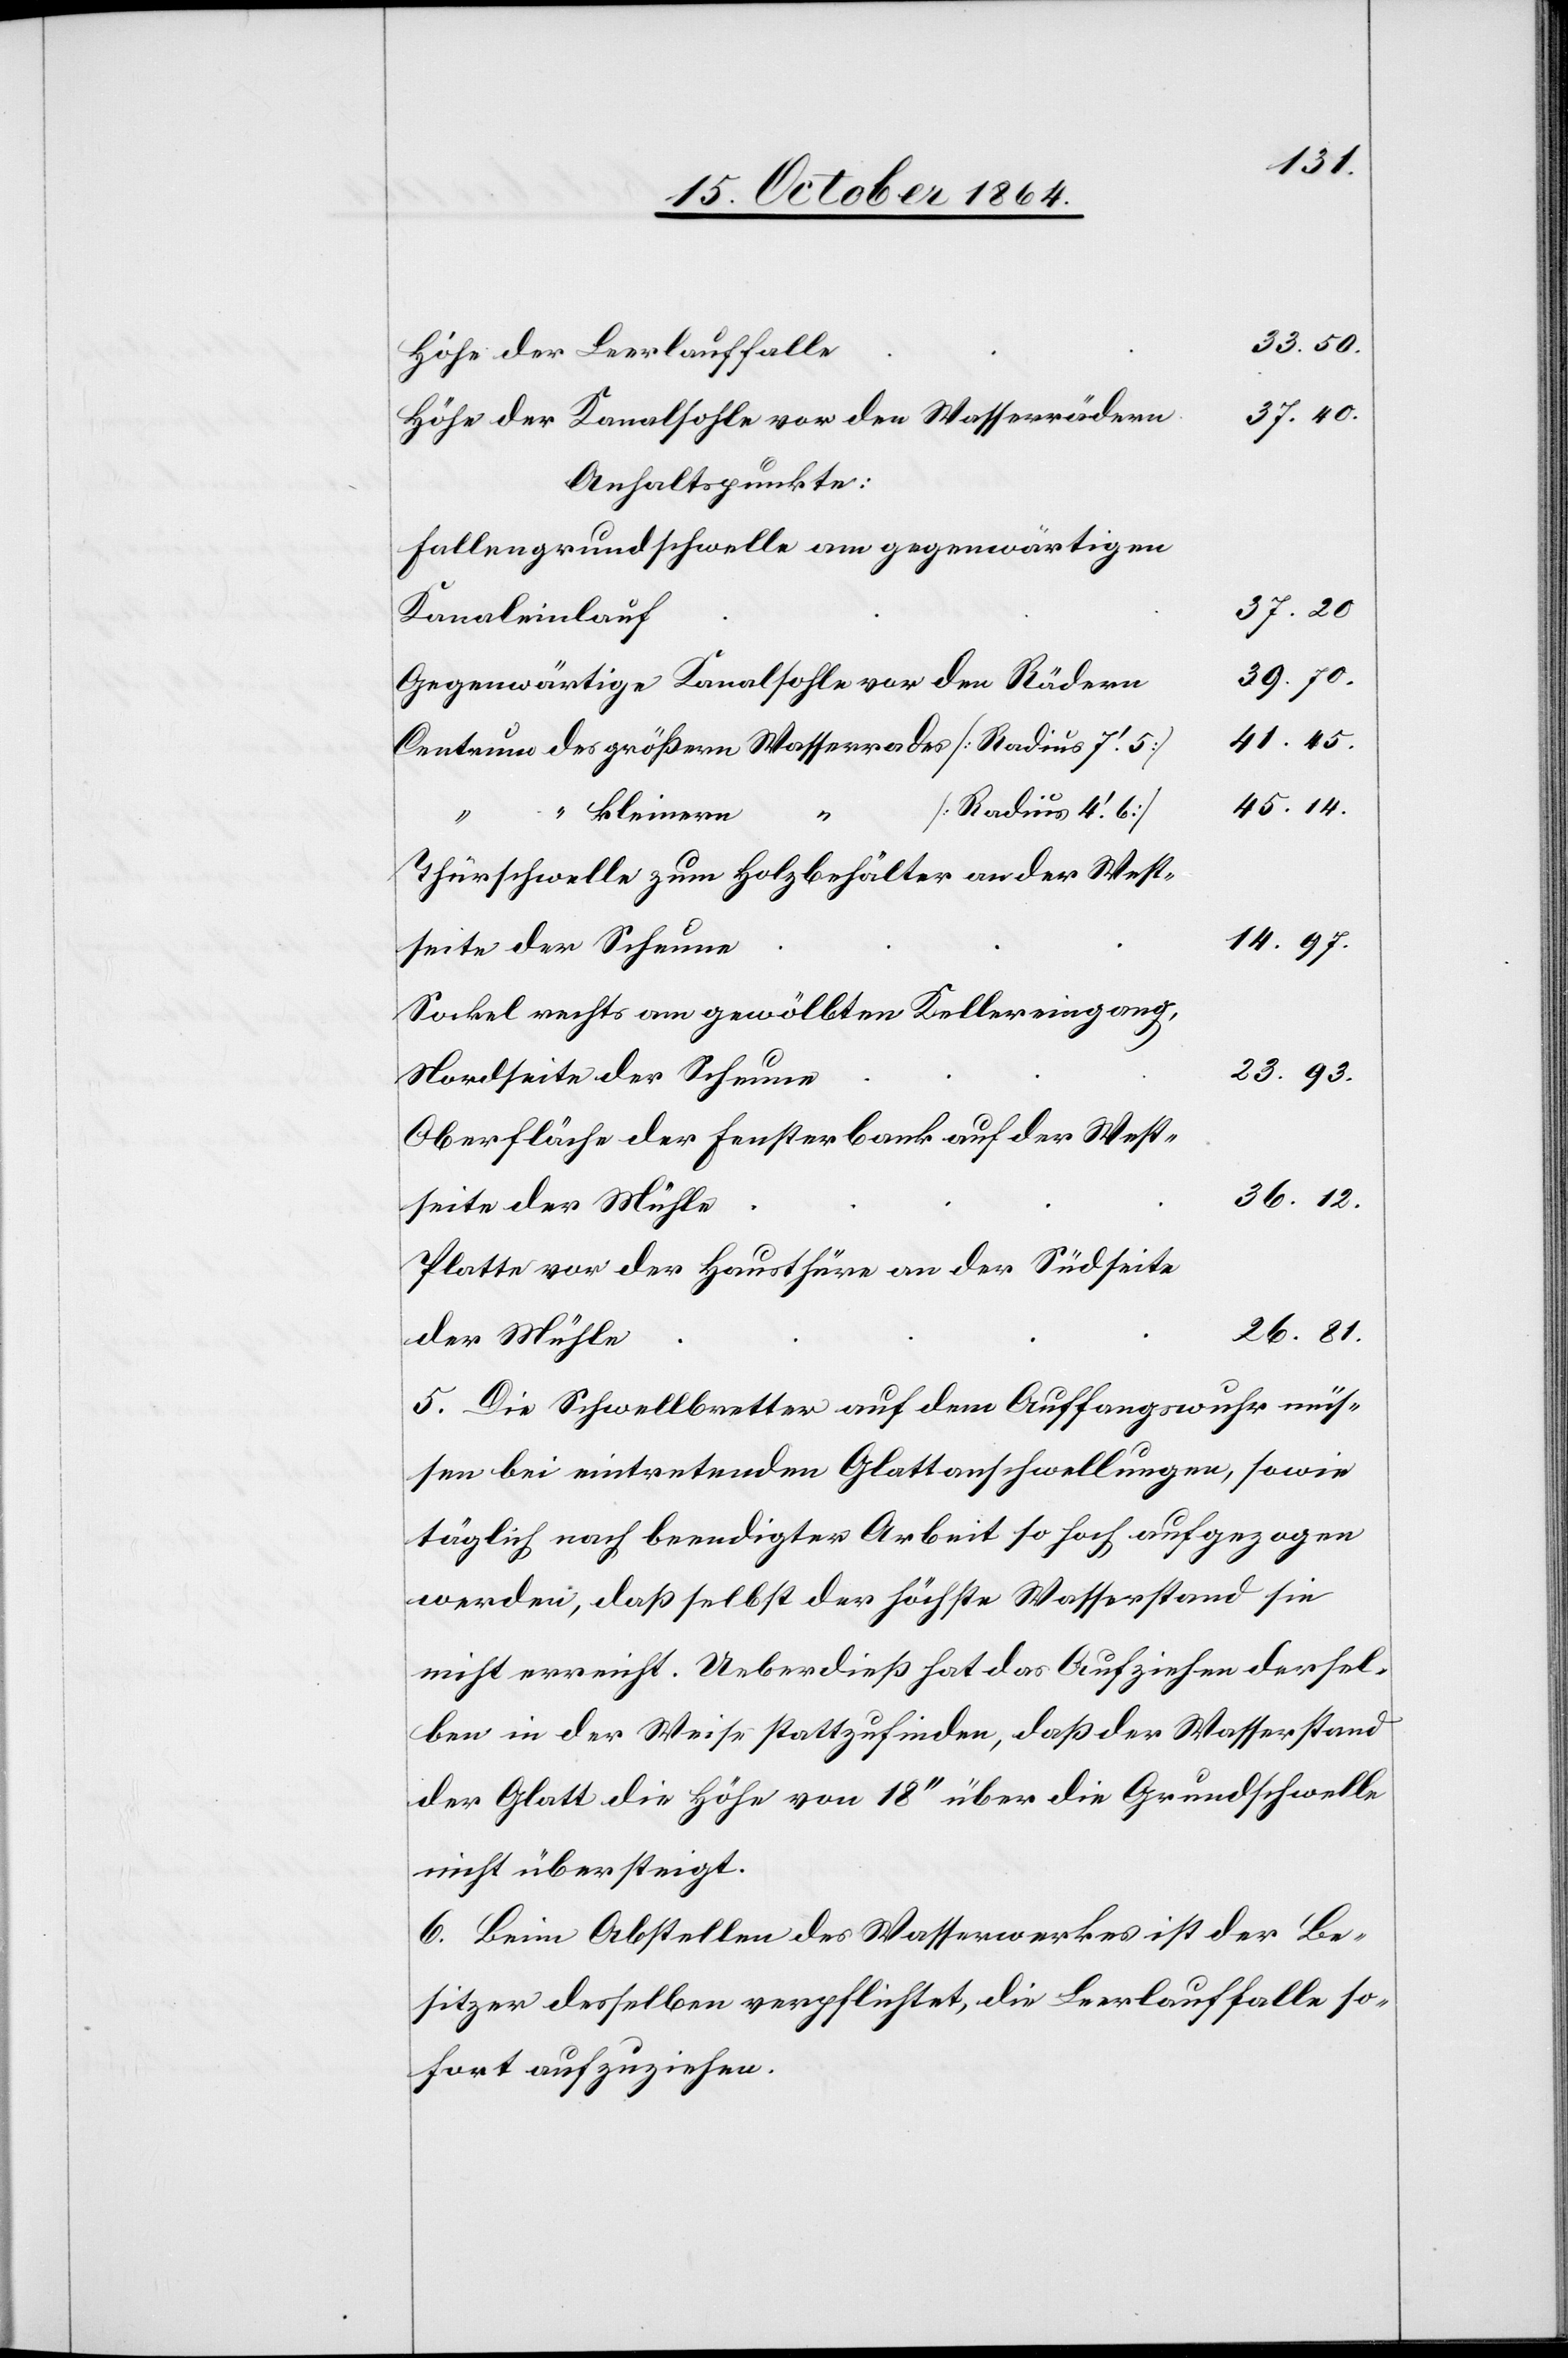
33. 50.
lichtet, die Leerlauffalle
37. 40.
Höhe der Kanalsohle vor den Wasserrädern
Anhaltspunkte:
Fallengrundschwelle am gegenwärtigen
37. 20
Kanaleinlauf
39. 70.
Gegenwärtige Kanalsohle vor den Rädern
41. 45.
Centrum des größern Wasserrades [Radius 7.’ 5]
45. 14.
[Radius 4.’6]
kleinern
Thürschwelle zum Holzbehälter an der West¬
14. 97.
seite der Scheune
Sockel rechts am gewölbten Kellereingang,
23. 93.
Nordseite der Scheune
Oberfläche der Fensterbank auf der West¬
36. 12.
seite der Mühle
Platte vor der Haustüre an der Südseite
sitzer verpf¬
der Mühle
5. Die Schwellbretter auf dem Auffangswuhr müs¬
sen bei eintretenden Glattanschwellungen, sowie
täglich nach beendigter Arbeit so hoch aufgezogen
werden, daß selbst der höchste Wasserstand sie
nicht erreicht. Ueberdies hat das Aufziehen dersel¬
ben in der Weise stattzufinden, daß der Wasserstand
der Glatt die Höhe von 18’’ über die Grundschwelle
nicht übersteigt.
6. Beim Abstellen des Wasserwerkes ist der Be¬
sofort aufzuziehen.